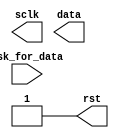
`timescale 1ns/1ns
`define halfperiod 50
module sigdata(rst,sclk,data,ask_for_data);
output rst;
output [3:0] data;
output sclk;
input ask_for_data;
reg rst,sclk;

initial begin
    rst=1;
    #10 rst=0;
    #(`halfperiod*2+3) rst=1;
end

endmodule